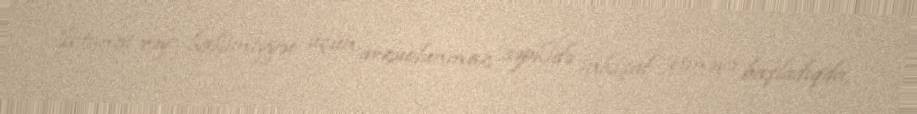
İctimai rəy hakimiyyət üçün arzuolunmaz səpkidə inkişaf etməyə başladıqda,